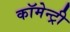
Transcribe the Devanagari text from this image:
कॉमेन्ट्री